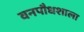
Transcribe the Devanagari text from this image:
वनपौधशाला